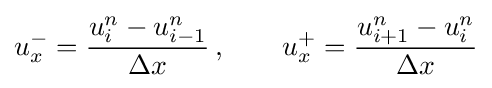
u_{x}^{-}={\frac {u_{i}^{n}-u_{i-1}^{n}}{\Delta x}}\,,\qquad u_{x}^{+}={\frac {u_{i+1}^{n}-u_{i}^{n}}{\Delta x}}